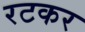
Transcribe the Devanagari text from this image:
रटकर